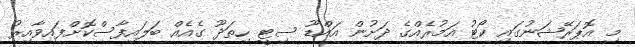
މި އޮޕަރޭޝަނުގައި ކޯޓު އަމުރެއްގެ ދަށުން އައްޑޫ ސިޓީ ހިތަދޫ ގެއެއް ބަލައިފާސްކޮށްފައިވާއިރު